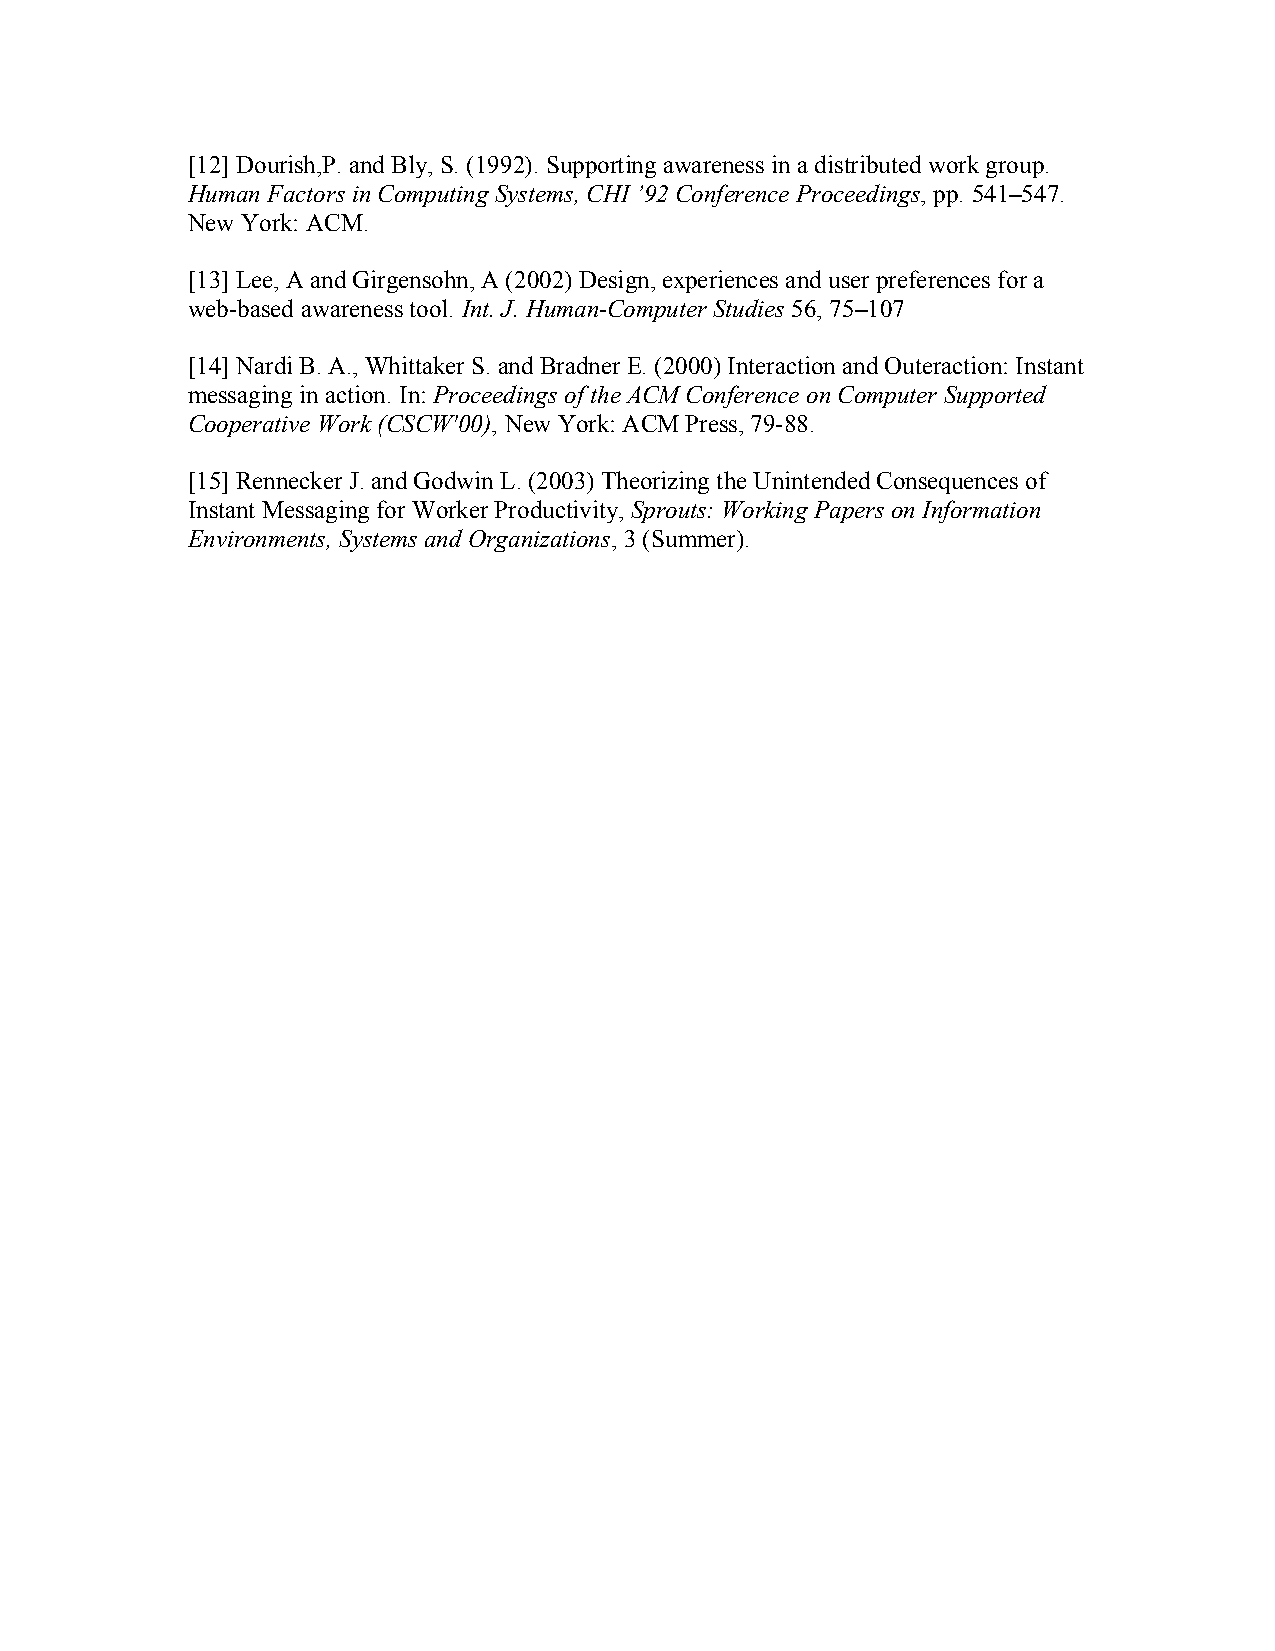
[12] Dourish,P. and Bly, S. (1992). Supporting awareness in a distributed work group.
 Human Factors in Computing Systems, CHI ’92 Conference Proceedings, pp. 541–547.
 New York: ACM.
 [13] Lee, A and Girgensohn, A (2002) Design, experiences and user preferences for a
 web-based awareness tool. Int. J. Human-Computer Studies 56, 75–107
 [14] Nardi B. A., Whittaker S. and Bradner E. (2000) Interaction and Outeraction: Instant
 messaging in action. In: Proceedings of the ACM Conference on Computer Supported
 Cooperative Work (CSCW'00), New York: ACM Press, 79-88.
 [15] Rennecker J. and Godwin L. (2003) Theorizing the Unintended Consequences of
 Instant Messaging for Worker Productivity, Sprouts: Working Papers on Information
 Environments, Systems and Organizations, 3 (Summer).